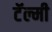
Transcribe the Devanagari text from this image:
टॅल्मी